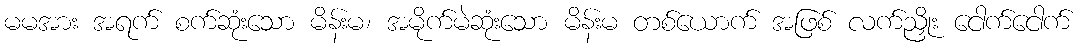
မမအား အရက် စက်ဆုံးသော မိန်းမ၊ အမိုက်မဲဆုံးသော မိန်းမ တစ်ယောက် အဖြစ် လက်ညှိုး ငေါက်ငေါက်